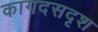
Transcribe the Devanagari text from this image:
कागदसदृश